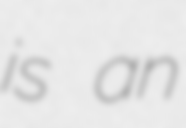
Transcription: is an